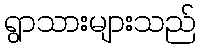
ရွာသားများသည်